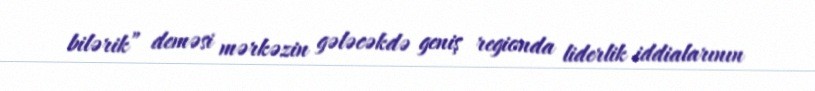
bilərik” deməsi mərkəzin gələcəkdə geniş regionda liderlik iddialarının